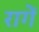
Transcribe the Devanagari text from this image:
रागें